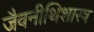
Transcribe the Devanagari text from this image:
जैवनीथिशास्त्र